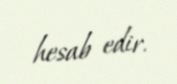
hesab edir.